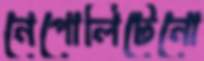
নেপোলিটেনো